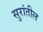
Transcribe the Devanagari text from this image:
सुरांतील